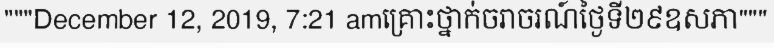
"""December 12, 2019, 7:21 amគ្រោះថ្នាក់ចរាចរណ៍ថ្ងៃទី២៩ឧសភា"""